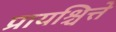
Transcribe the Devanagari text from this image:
प्रायश्चित्ते